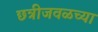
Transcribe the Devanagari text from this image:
छत्रीजवळच्या